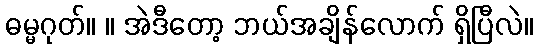
ဓမ္မဂုတ်။ ။ အဲဒီတော့ ဘယ်အချိန်လောက် ရှိပြီလဲ။